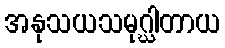
အနုသယသမုဂ္ဃါတာယ